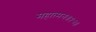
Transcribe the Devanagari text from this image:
महात्मनः॥१२॥